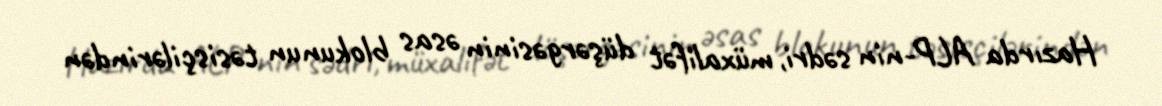
Hazırda ALP-nin sədri, müxalifət düşərgəsinin əsas blokunun təsisçilərindən